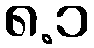
၈.၁